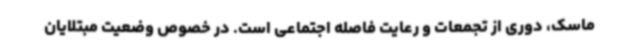
ماسک، دوری از تجمعات و رعایت فاصله اجتماعی است. در خصوص وضعیت مبتلایان